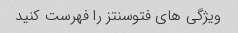
ویژگی های فتوسنتز را فهرست کنید